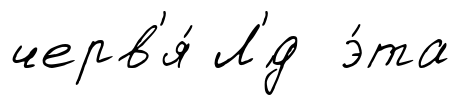
черв'я́ Л'́д э́та